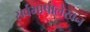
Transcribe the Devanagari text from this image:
सर्वभाषालेखन